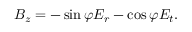
B _ { z } = - \sin \varphi E _ { r } - \cos \varphi E _ { t } .